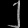
Digit: ၂